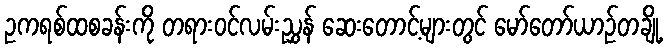
ဥကရစ်ထစခန်းကို တရားဝင်လမ်းညွှန် ဆေးတောင့်များတွင် မော်တော်ယာဉ်တချို့